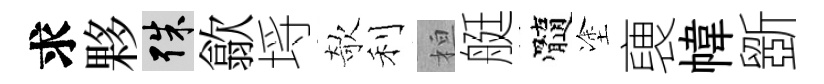
求夥殊歙埓欹利桓艇髓塗褏幃斵